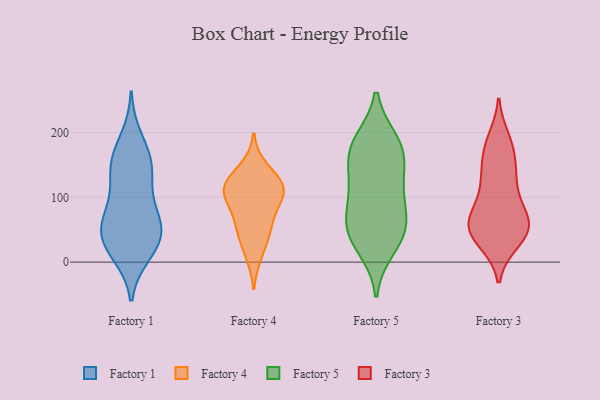
{"axis": {"x": "Website Visitors", "y": "Value"}, "legend": ["Factory 1", "Factory 3", "Factory 4", "Factory 5"], "data": [{"x": "", "y": 38, "type": "Factory 1"}, {"x": "", "y": 15, "type": "Factory 1"}, {"x": "", "y": 150, "type": "Factory 1"}, {"x": "", "y": 93, "type": "Factory 1"}, {"x": "", "y": 55, "type": "Factory 1"}, {"x": "", "y": 50, "type": "Factory 1"}, {"x": "", "y": 43, "type": "Factory 1"}, {"x": "", "y": 12, "type": "Factory 1"}, {"x": "", "y": 28, "type": "Factory 1"}, {"x": "", "y": 71, "type": "Factory 1"}, {"x": "", "y": 152, "type": "Factory 1"}, {"x": "", "y": 69, "type": "Factory 1"}, {"x": "", "y": 164, "type": "Factory 1"}, {"x": "", "y": 192, "type": "Factory 1"}, {"x": "", "y": 143, "type": "Factory 1"}, {"x": "", "y": 122, "type": "Factory 1"}, {"x": "", "y": 40, "type": "Factory 4"}, {"x": "", "y": 12, "type": "Factory 4"}, {"x": "", "y": 118, "type": "Factory 4"}, {"x": "", "y": 63, "type": "Factory 4"}, {"x": "", "y": 101, "type": "Factory 4"}, {"x": "", "y": 145, "type": "Factory 4"}, {"x": "", "y": 57, "type": "Factory 4"}, {"x": "", "y": 113, "type": "Factory 4"}, {"x": "", "y": 96, "type": "Factory 4"}, {"x": "", "y": 120, "type": "Factory 4"}, {"x": "", "y": 115, "type": "Factory 4"}, {"x": "", "y": 167, "type": "Factory 5"}, {"x": "", "y": 185, "type": "Factory 5"}, {"x": "", "y": 180, "type": "Factory 5"}, {"x": "", "y": 23, "type": "Factory 5"}, {"x": "", "y": 170, "type": "Factory 5"}, {"x": "", "y": 52, "type": "Factory 5"}, {"x": "", "y": 102, "type": "Factory 5"}, {"x": "", "y": 68, "type": "Factory 5"}, {"x": "", "y": 133, "type": "Factory 5"}, {"x": "", "y": 51, "type": "Factory 5"}, {"x": "", "y": 110, "type": "Factory 5"}, {"x": "", "y": 44, "type": "Factory 5"}, {"x": "", "y": 108, "type": "Factory 3"}, {"x": "", "y": 132, "type": "Factory 3"}, {"x": "", "y": 177, "type": "Factory 3"}, {"x": "", "y": 46, "type": "Factory 3"}, {"x": "", "y": 44, "type": "Factory 3"}, {"x": "", "y": 135, "type": "Factory 3"}, {"x": "", "y": 81, "type": "Factory 3"}, {"x": "", "y": 32, "type": "Factory 3"}, {"x": "", "y": 181, "type": "Factory 3"}, {"x": "", "y": 50, "type": "Factory 3"}, {"x": "", "y": 189, "type": "Factory 3"}, {"x": "", "y": 57, "type": "Factory 3"}, {"x": "", "y": 65, "type": "Factory 3"}, {"x": "", "y": 159, "type": "Factory 3"}, {"x": "", "y": 70, "type": "Factory 3"}, {"x": "", "y": 33, "type": "Factory 3"}, {"x": "", "y": 53, "type": "Factory 3"}, {"x": "", "y": 68, "type": "Factory 3"}, {"x": "", "y": 124, "type": "Factory 3"}]}